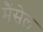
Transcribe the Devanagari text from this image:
मैंसेल